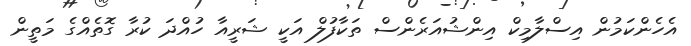
އެހެންކަމުން އިސްލާމިކް އިންޝުއަރެންސް ތަކާފުލް އަކީ ޝަރީއާ ހުއްދަ ކުރާ ގޮތެއްގެ މަތީން